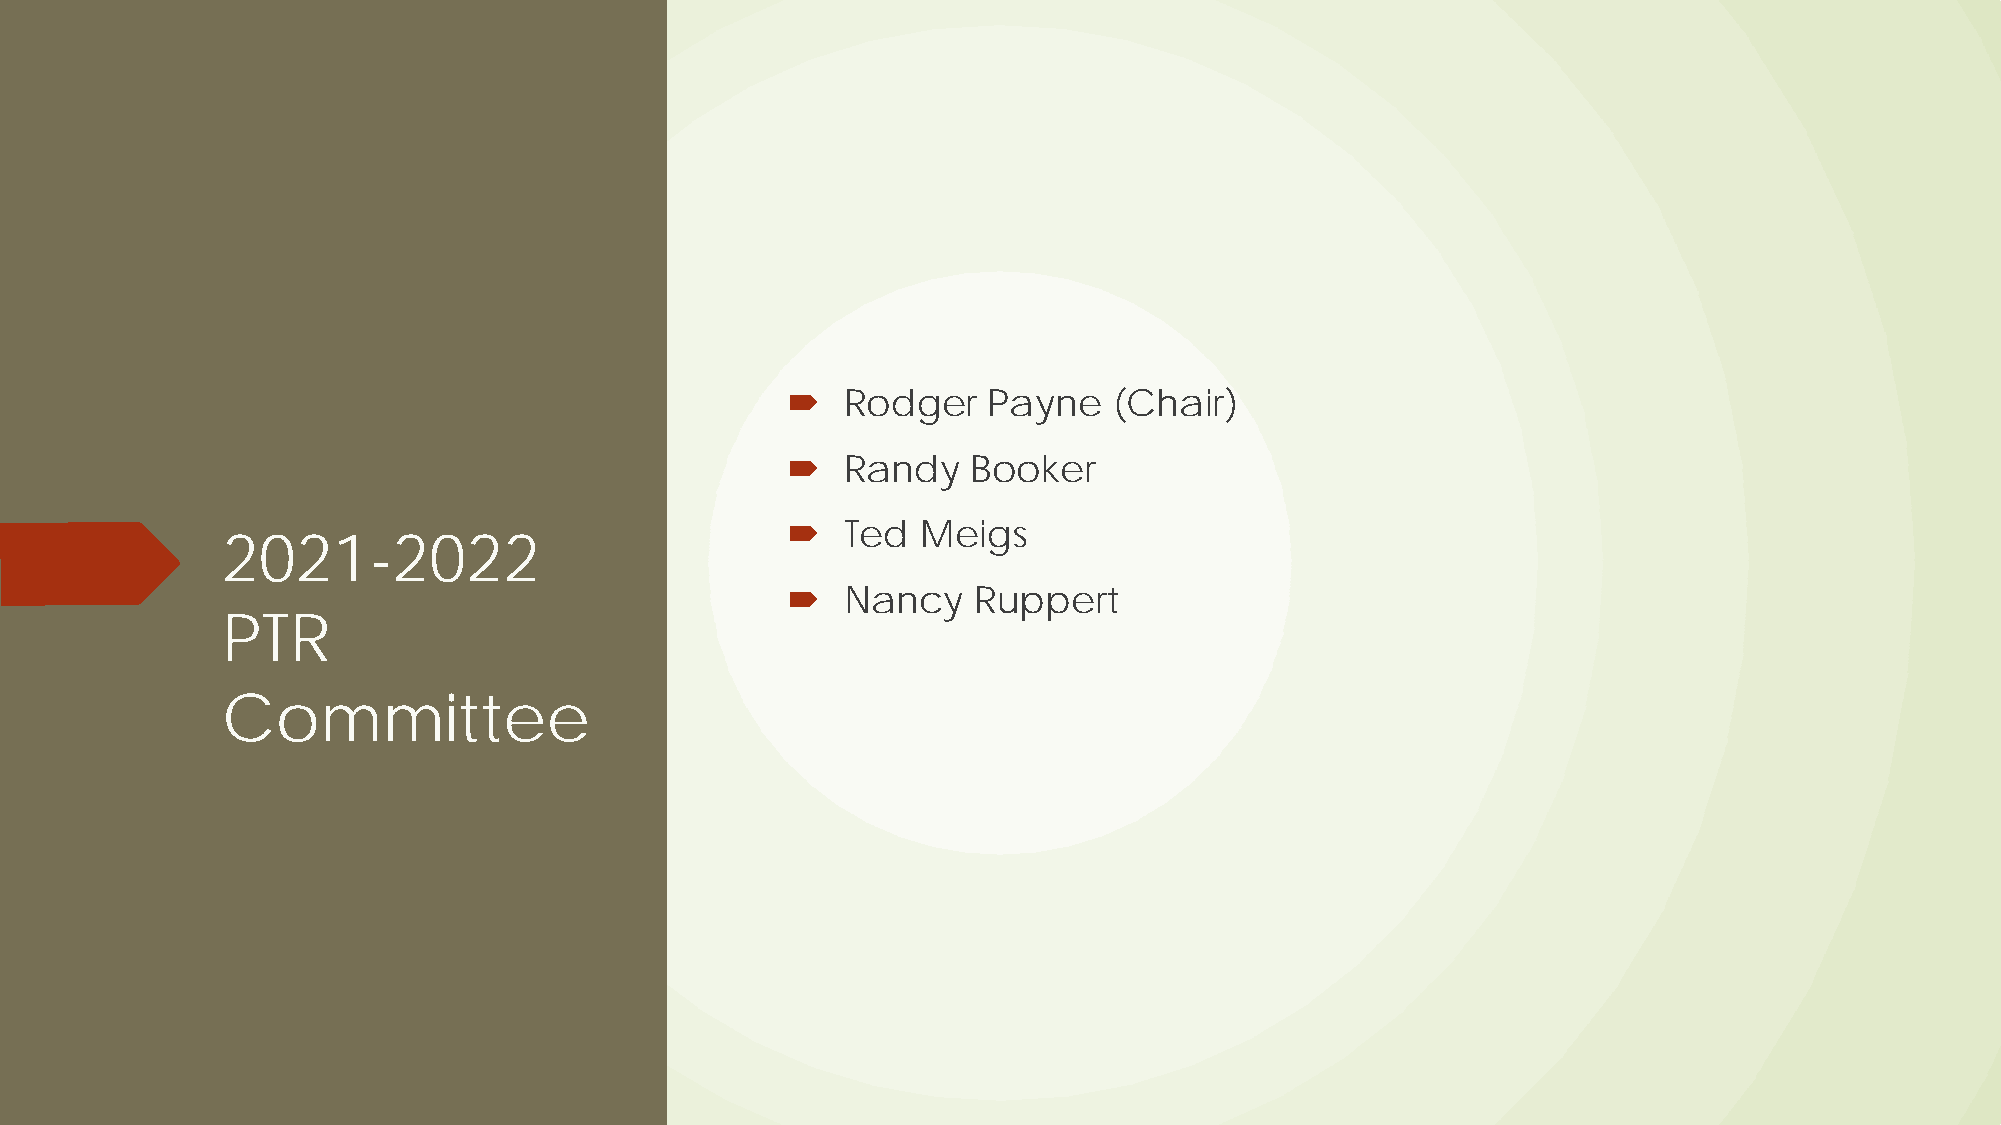
   Rodger   Payne    (Chair)
    Randy   Booker
    Ted  Meigs
 2021-2022
    Nancy    Ruppert
 PTR
 Committee